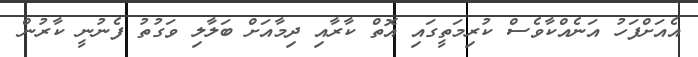
އެއަށްފަހު އަނެއްކާވެސް ކުރިމަތީގައި އޮތް ކާރާއި ދިމާއަށް ބަލާލި ވަގުތު ފެނުނީ ކާރުން